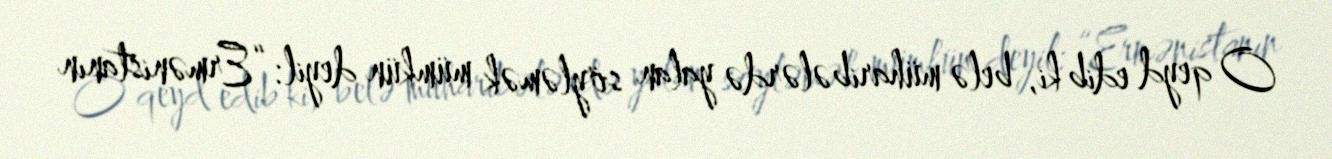
O qeyd edib ki, belə müharibələrdə yalan söyləmək mümkün deyil: “Ermənistanın